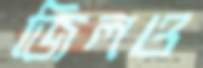
জিলও